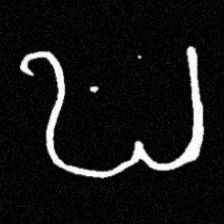
Pyu character \u2014 Myanmar letter: ဎ (romanized: ddha)